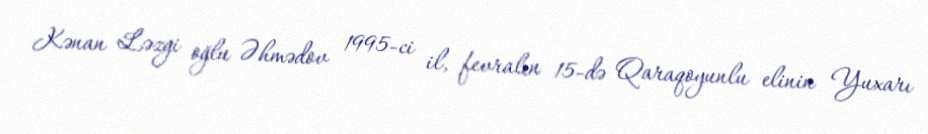
Kənan Ləzgi oğlu Əhmədov 1995-ci il, fevralın 15-də Qaraqoyunlu elinin Yuxarı